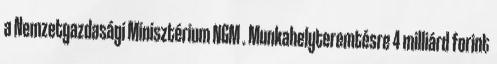
a Nemzetgazdasági Minisztérium NGM . Munkahelyteremtésre 4 milliárd forint